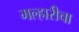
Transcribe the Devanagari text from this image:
मल्हारीचा